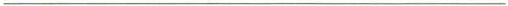
___